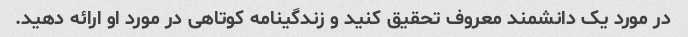
در مورد یک دانشمند معروف تحقیق کنید و زندگینامه کوتاهی در مورد او ارائه دهید.